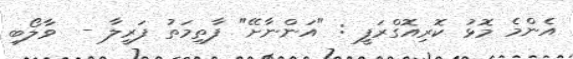
އެންމެ މޮޅު ކޮރިއޮގްރަފީ : "އަންނާށޭ" ފާތިމަތު ފަރީލާ -  ވާލޯބި